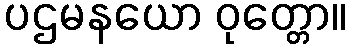
ပဌမနယော ဝုတ္တော။